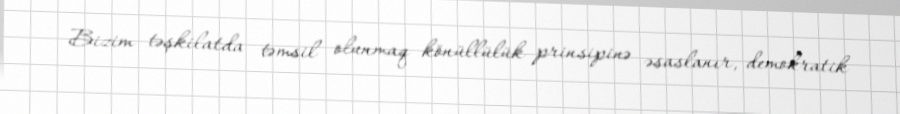
Bizim təşkilatda təmsil olunmaq könüllülük prinsipinə əsaslanır, demokratik